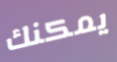
يمكنك